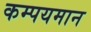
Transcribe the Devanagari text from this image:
कम्पयमान